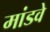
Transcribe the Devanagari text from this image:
मांडवे